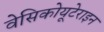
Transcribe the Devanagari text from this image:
वेसिकोयूटेराइन